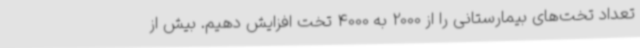
تعداد تخت‌های بیمارستانی را از 2000 به 4000 تخت افزایش دهیم. بیش از